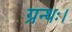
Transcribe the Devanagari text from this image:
ग्रन्थः।